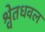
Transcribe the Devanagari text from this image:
श्वेतधवल